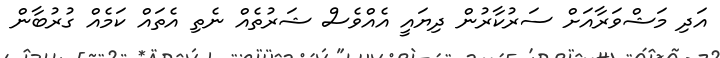
އަދި މަޝްވަރާއަށް ސަރުކާރުން ދިޔައީ އެއްވެސް ޝަރުތެއް ނެތި އެތައް ކަމެއް ގުރުބާން